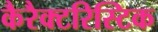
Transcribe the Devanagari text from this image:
कैरैक्टरिस्टिक